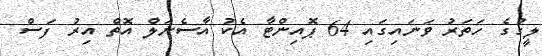
ލީގުގެ ހަތަރު ވަނައިގައި 64 ޕޮއިންޓާ އެކު އާސެނަލް އޮތް އިރު ފަސް